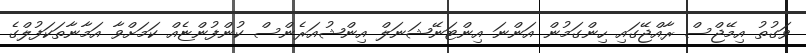
ވަގުތު އިމޭޖްސް ރާއްޖޭގައި ހިންގަމުން އަންނަ އިންޓަނޭޝަނަލް އިންޝުއަރެންސް ކުންފުންޏެއް ކަމަށްވާ އަމާނާތަކަފުލްގެ